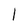
Character: I